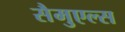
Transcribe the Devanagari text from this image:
सैमुएल्स